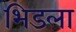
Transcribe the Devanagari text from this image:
भिडला